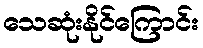
သေဆုံးနိုင်ကြောင်း